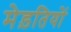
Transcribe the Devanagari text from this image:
मेड़तियों